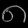
Digit: ၈